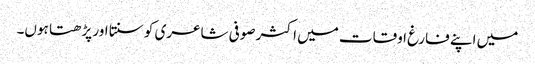
میں اپنے فارغ اوقات میں اکثر صوفی شاعری کو سنتا اور پڑھتا ہوں۔